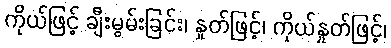
ကိုယ်ဖြင့် ချီးမွမ်းခြင်း၊ နှုတ်ဖြင့်၊ ကိုယ်နှုတ်ဖြင့်၊